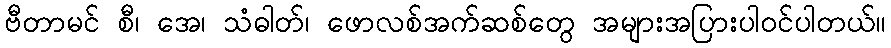
ဗီတာမင် စီ၊ အေ၊ သံဓါတ်၊ ဖောလစ်အက်ဆစ်တွေ အများအပြားပါဝင်ပါတယ်။